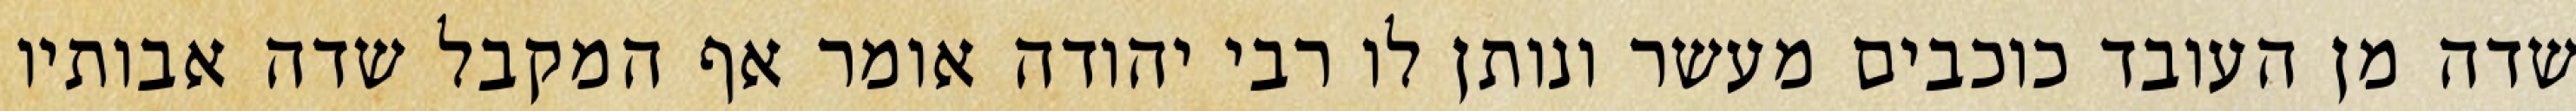
שדה מן העובד כוכבים מעשר ונותן לו רבי יהודה אומר אף המקבל שדה אבותיו